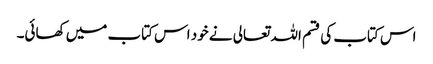
اس کتاب کی قسم اللہ تعالی نے خود اس کتاب میں‌ کھائی۔